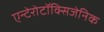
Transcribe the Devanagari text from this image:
एन्टेरोटॉक्सिजेनिक